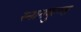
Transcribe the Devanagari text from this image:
स्‍नानकुण्‍ड